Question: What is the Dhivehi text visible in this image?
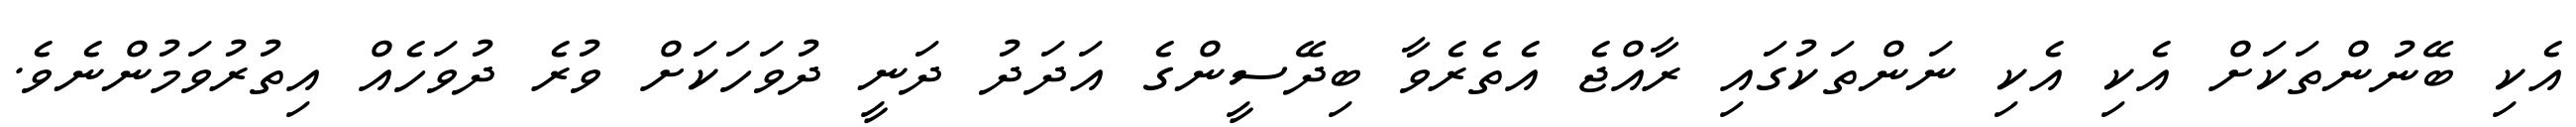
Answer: އެކި ބޭނުންތަކަށް އެކި އެކި ނަންތަކުގައި ރާއްޖެ އެތެރެވާ ބިދޭސީންގެ އަދަދު ދަނީ ދުވަހަކަށް ވުރެ ދުވަހެއް އިތުރުވަމުންނެވެ.